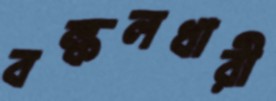
বল্কলধারী